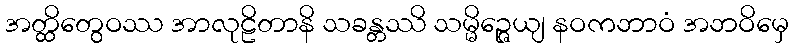
အတ္ထိတွေဝဿ အာလုဠိတာနိ သခန္တဿိ သမ္မိဉ္ဇေယျ နဝကဘာဝံ အဘဝိမှေ